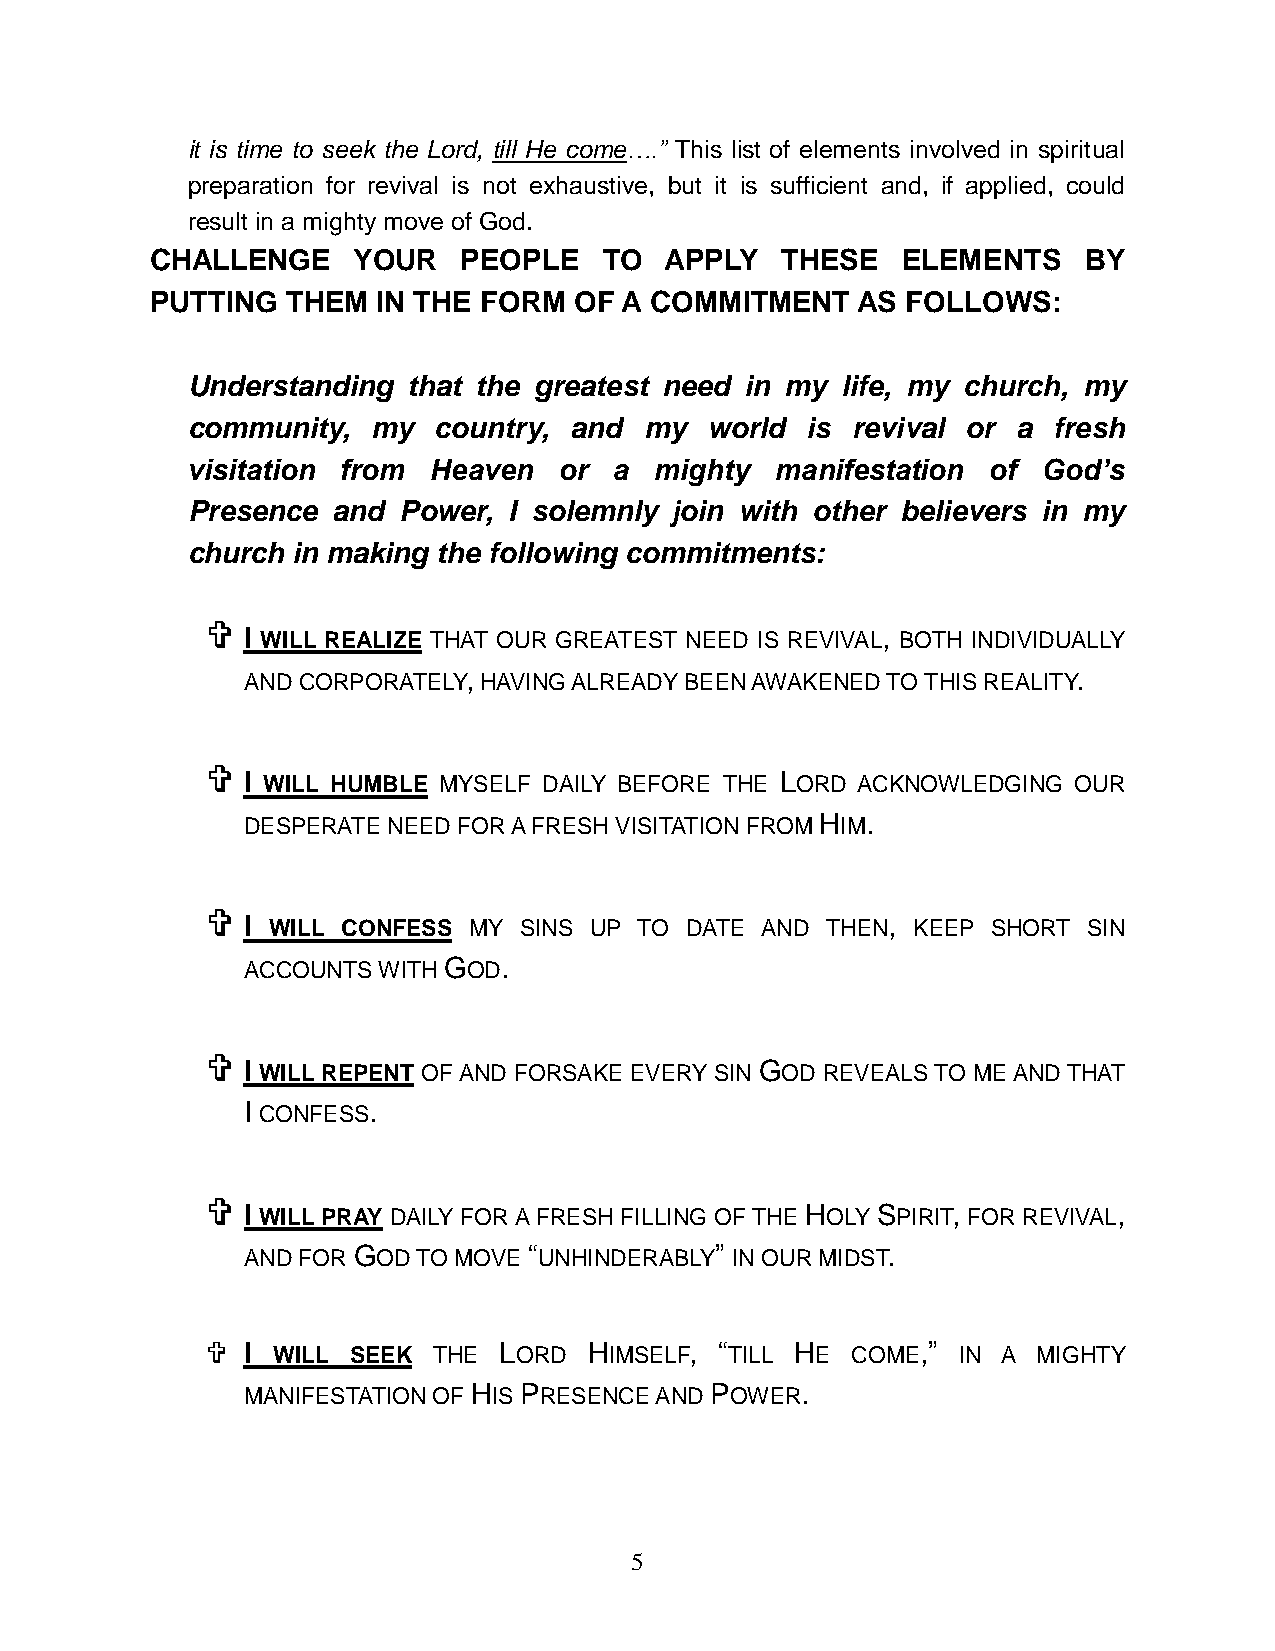
it is time to seek the Lord, till He come….” This list of elements involved in spiritual
 preparation for revival is not exhaustive, but it is sufficient and, if applied, could
 result in a mighty move of God.
 CHALLENGE    YOUR    PEOPLE   TO  APPLY   THESE   ELEMENTS    BY
 PUTTING  THEM  IN THE FORM  OF A COMMITMENT    AS FOLLOWS:
 Understanding  that the greatest need in my life, my church, my
 community,   my  country, and  my  world is revival or a  fresh
 visitation from Heaven   or  a mighty  manifestation  of God’s
 Presence  and Power,  I solemnly join with other believers in my
 church in making the following commitments:
 
 I WILL REALIZE THAT OUR GREATEST NEED IS REVIVAL, BOTH INDIVIDUALLY
 AND CORPORATELY, HAVING ALREADY BEEN AWAKENED TO THIS REALITY.
 
 I WILL HUMBLE MYSELF DAILY BEFORE THE LORD ACKNOWLEDGING OUR
 DESPERATE NEED FOR A FRESH VISITATION FROM HIM.
 
 I WILL CONFESS MY SINS UP TO DATE AND  THEN, KEEP SHORT SIN
 ACCOUNTS WITH GOD.
 
 I WILL REPENT OF AND FORSAKE EVERY SIN GOD REVEALS TO ME AND THAT
 I CONFESS.
 
 I WILL PRAY DAILY FOR A FRESH FILLING OF THE HOLY SPIRIT, FOR REVIVAL,
 AND FOR GOD TO MOVE “UNHINDERABLY” IN OUR MIDST.
  I WILL SEEK  THE LORD  HIMSELF, “TILL HE COME,” IN A MIGHTY
 MANIFESTATION OF HIS PRESENCE AND POWER.
 5